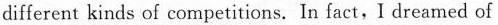
different kinds of competitions. In fact, I dreamed of